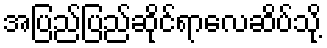
အပြည်ပြည်ဆိုင်ရာလေဆိပ်သို့